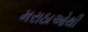
મરાઠાઓથી